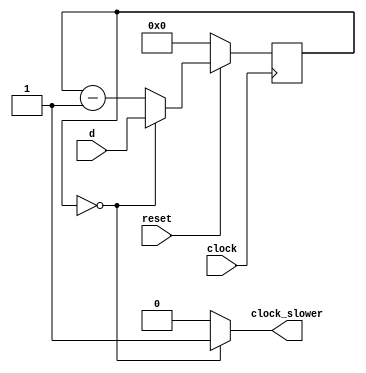
module rateDivider(d, clock, clock_slower, reset);
  input [7:0]d; // use decimal
  input clock;
  input reset;
  output clock_slower;
  
  reg [7:0]q; // use decimal

  assign clock_slower = (q == 1'd0) ? 1 : 0;

  always @(posedge clock)
  begin
    if (reset == 1'b0)
      q <= 1'd0;
    else if (q == 1'd0)
      q <= d;
    else
      q <= q - 1'd1;
  end
endmodule